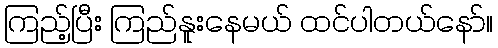
ကြည့်ပြီး ကြည်နူးနေမယ် ထင်ပါတယ်နော်။